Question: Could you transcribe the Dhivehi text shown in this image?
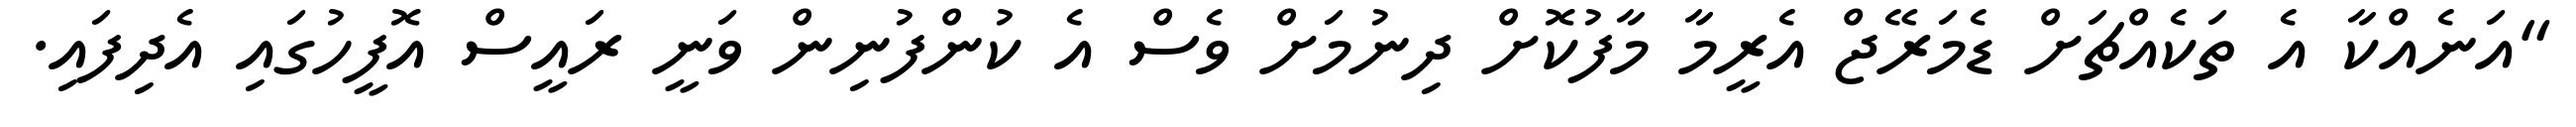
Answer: "އަނެއްކާ އެ ތަކެއްޗަށް ޑެމަރޭޖް އެރީމާ މާފުކޮށް ދިނުމަށް ވެސް އެ ކުންފުނިން ވަނީ ރައީސް އޮފީހުގައި އެދިފައި.